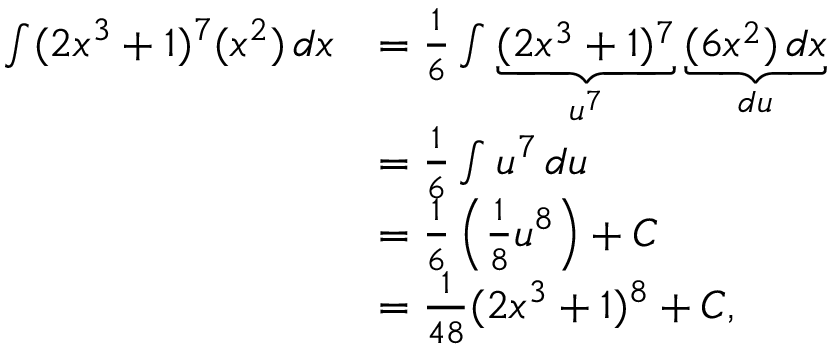
{ \begin{array} { r l } { \int ( 2 x ^ { 3 } + 1 ) ^ { 7 } ( x ^ { 2 } ) \, d x } & { = { \frac { 1 } { 6 } } \int \underbrace { ( 2 x ^ { 3 } + 1 ) ^ { 7 } } _ { u ^ { 7 } } \underbrace { ( 6 x ^ { 2 } ) \, d x } _ { d u } } \\ & { = { \frac { 1 } { 6 } } \int u ^ { 7 } \, d u } \\ & { = { \frac { 1 } { 6 } } \left( { \frac { 1 } { 8 } } u ^ { 8 } \right) + C } \\ & { = { \frac { 1 } { 4 8 } } ( 2 x ^ { 3 } + 1 ) ^ { 8 } + C , } \end{array} }